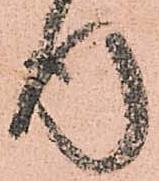
行